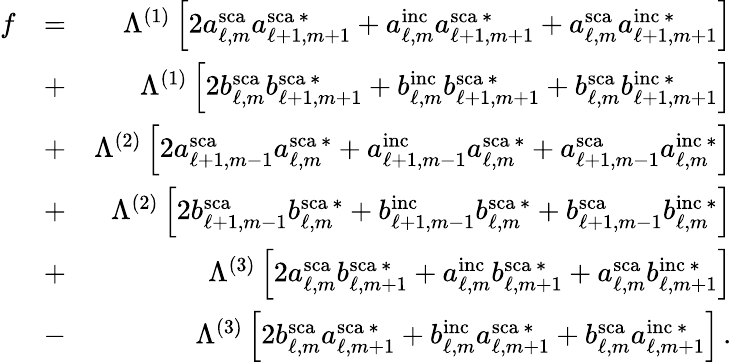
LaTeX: \begin{array}{rlr}{f}&{=}&{\Lambda^{(1)}\left[2a_{\ell,m}^{\mathrm{sca}}a_{\ell+1,m+1}^{\mathrm{sca}\, *}+a_{\ell,m}^{\mathrm{inc}}a_{\ell+1,m+1}^{\mathrm{sca}\, *}+a_{\ell,m}^{\mathrm{sca}}a_{\ell+1,m+1}^{\mathrm{inc}\, *}\right]}\\ &{+}&{\Lambda^{(1)}\left[2b_{\ell,m}^{\mathrm{sca}}b_{\ell+1,m+1}^{\mathrm{sca}\, *}+b_{\ell,m}^{\mathrm{inc}}b_{\ell+1,m+1}^{\mathrm{sca}\, *}+b_{\ell,m}^{\mathrm{sca}}b_{\ell+1,m+1}^{\mathrm{inc}\, *}\right]}\\ &{+}&{\Lambda^{(2)}\left[2a_{\ell+1,m-1}^{\mathrm{sca}}a_{\ell,m}^{\mathrm{sca}\, *}+a_{\ell+1,m-1}^{\mathrm{inc}}a_{\ell,m}^{\mathrm{sca}\, *}+a_{\ell+1,m-1}^{\mathrm{sca}}a_{\ell,m}^{\mathrm{inc}\, *}\right]}\\ &{+}&{\Lambda^{(2)}\left[2b_{\ell+1,m-1}^{\mathrm{sca}}b_{\ell,m}^{\mathrm{sca}\, *}+b_{\ell+1,m-1}^{\mathrm{inc}}b_{\ell,m}^{\mathrm{sca}\, *}+b_{\ell+1,m-1}^{\mathrm{sca}}b_{\ell,m}^{\mathrm{inc}\, *}\right]}\\ &{+}&{\Lambda^{(3)}\left[2a_{\ell,m}^{\mathrm{sca}}b_{\ell,m+1}^{\mathrm{sca}\, *}+a_{\ell,m}^{\mathrm{inc}}b_{\ell,m+1}^{\mathrm{sca}\, *}+a_{\ell,m}^{\mathrm{sca}}b_{\ell,m+1}^{\mathrm{inc}\, *}\right]}\\ &{-}&{\Lambda^{(3)}\left[2b_{\ell,m}^{\mathrm{sca}}a_{\ell,m+1}^{\mathrm{sca}\, *}+b_{\ell,m}^{\mathrm{inc}}a_{\ell,m+1}^{\mathrm{sca}\, *}+b_{\ell,m}^{\mathrm{sca}}a_{\ell,m+1}^{\mathrm{inc}\, *}\right]\, .}\end{array}